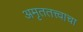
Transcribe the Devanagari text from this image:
अमृततत्त्वाचा